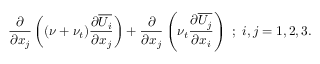
\frac { \partial } { \partial x _ { j } } \left( { ( \nu + \nu _ { t } ) \frac { \partial \overline { { U _ { i } } } } { \partial x _ { j } } } \right) + \frac { \partial } { \partial x _ { j } } \left( { \nu _ { t } \frac { \partial \overline { { U _ { j } } } } { \partial x _ { i } } } \right) ~ ; ~ i , j = { 1 , 2 , 3 } .